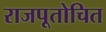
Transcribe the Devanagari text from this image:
राजपूतोचित